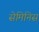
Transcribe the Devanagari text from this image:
सेमिनिस